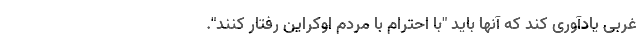
غربی یادآوری کند که آنها باید "با احترام با مردم اوکراین رفتار کنند".